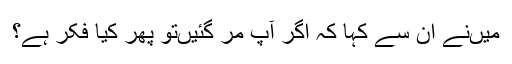
میں‌نے ان سے کہا کہ اگر آپ مر گئیں‌تو پھر کیا فکر ہے؟